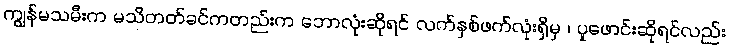
ကျွန်မသမီးက မသိတတ်ခင်ကတည်းက ဘောလုံးဆိုရင် လက်နှစ်ဖက်လုံးရှိမှ ၊ ပူဖောင်းဆိုရင်လည်း